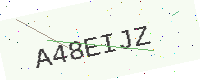
Text: A48EIJZ